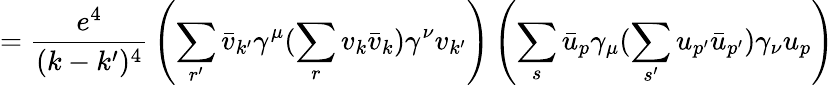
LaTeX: ={\frac{e^{4}}{(k-k^{\prime})^{4}}}\left(\sum_{r^{\prime}}{\bar{v}}_{k^{\prime}}\gamma^{\mu}(\sum_{r}v_{k}{\bar{v}}_{k})\gamma^{\nu}v_{k^{\prime}}\right)\left(\sum_{s}{\bar{u}}_{p}\gamma_{\mu}(\sum_{s^{\prime}}{u_{p^{\prime}}{\bar{u}}_{p^{\prime}}})\gamma_{\nu}u_{p}\right)